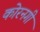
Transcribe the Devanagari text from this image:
कोरनगी